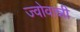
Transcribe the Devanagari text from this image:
ज्वोवान्नी